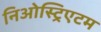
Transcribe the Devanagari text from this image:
निओस्ट्रिएटम